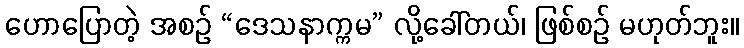
ဟောပြောတဲ့ အစဉ် “ဒေသနာက္ကမ” လို့ခေါ်တယ်၊ ဖြစ်စဉ် မဟုတ်ဘူး။